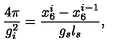
\frac { 4 \pi } { g _ { i } ^ { 2 } } = \frac { x _ { 6 } ^ { i } - x _ { 6 } ^ { i - 1 } } { g _ { s } l _ { s } } ,